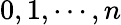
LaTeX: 0,1,\cdots,n